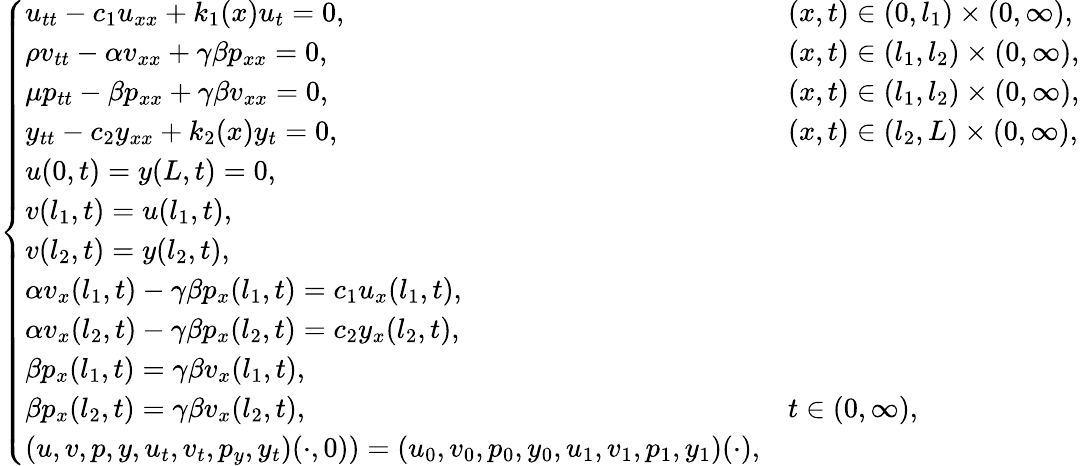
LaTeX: \left\{ \begin{array}{ll}{u_{tt}-c_{1}u_{xx}+k_{1}(x)u_{t}=0,}&{(x,t)\in(0,l_{1})\times(0,\infty),}\\ {\rho v_{tt}-\alpha v_{xx}+\gamma\beta p_{xx}=0,}&{(x,t)\in(l_{1},l_{2})\times(0,\infty),}\\ {\mu p_{tt}-\beta p_{xx}+\gamma\beta v_{xx}=0,}&{(x,t)\in(l_{1},l_{2})\times(0,\infty),}\\ {y_{tt}-c_{2}y_{xx}+k_{2}(x)y_{t}=0,}&{(x,t)\in(l_{2},L)\times(0,\infty),}\\ {u(0,t)=y(L,t)=0,}\\ {v(l_{1},t)=u(l_{1},t),}\\ {v(l_{2},t)=y(l_{2},t),}\\ {\alpha v_{x}(l_{1},t)-\gamma\beta p_{x}(l_{1},t)=c_{1}u_{x}(l_{1},t),}&\\ {\alpha v_{x}(l_{2},t)-\gamma\beta p_{x}(l_{2},t)=c_{2}y_{x}(l_{2},t),}&\\ {\beta p_{x}(l_{1},t)=\gamma\beta v_{x}(l_{1},t),}&\\ {\beta p_{x}(l_{2},t)=\gamma\beta v_{x}(l_{2},t),}&{t\in(0,\infty),}\\ {(u,v,p,y,u_{t},v_{t},p_{y},y_{t})(\cdot,0))=(u_{0},v_{0},p_{0},y_{0},u_{1},v_{1},p_{1},y_{1})(\cdot),}\end{array}\right.